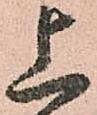
上